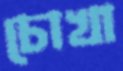
চোখা